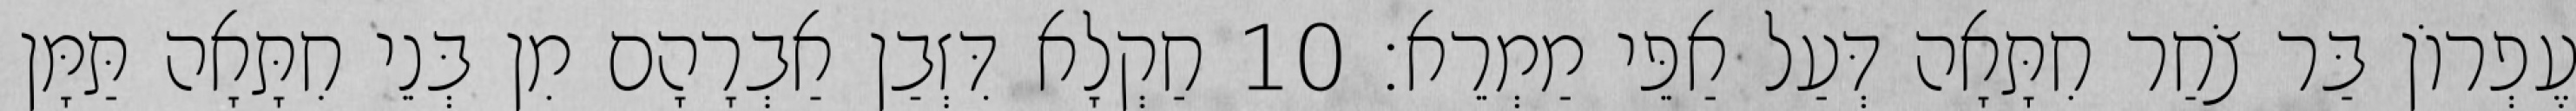
עֶפְרוֹן בַּר צֹחַר חִתָּאָה דְּעַל אַפֵּי מַמְרֵא׃ 10 חַקְלָא דִּזְבַן אַבְרָהָם מִן בְּנֵי חִתָּאָה תַּמָּן